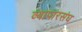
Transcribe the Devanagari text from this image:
व्यापारसंघ